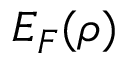
E _ { F } ( \rho )